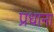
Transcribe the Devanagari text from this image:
प्रधाना